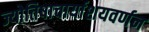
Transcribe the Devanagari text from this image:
ज्योतिषाचार्याशयवर्णन